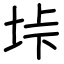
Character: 垰